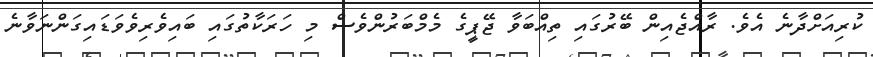
ކުރިއަށްދާނެ އެވެ. ރާއްޖެއިން ބޭރުގައި ތިއްބަވާ ޖޭޕީގެ މެމްބަރުންވެސް މި ހަރަކާތުގައި ބައިވެރިވެވަޑައިގަންނަވާނެ